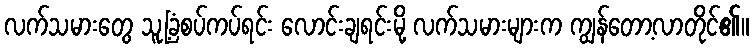
လက်သမားတွေ သူ့ခြံစပ်ကပ်ရင်း လောင်းချရင်းမို့ လက်သမားများက ကျွန်တော့လာတိုင်၏။